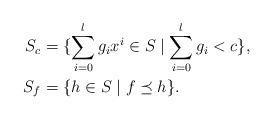
LaTeX: \begin{align*}S_c&=\{\sum_{i=0}^lg_ix^i\in S\mid \sum_{i=0}^lg_i<c\},\\S_f&=\{h\in S\mid f\preceq h\}.\end{align*}